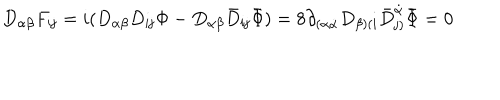
LaTeX: D _ { \alpha \beta } F _ { { \mathbf i } { \mathbf j } } = i ( D _ { \alpha \beta } D _ { { \mathbf i } { \mathbf j } } \Phi - D _ { \alpha \beta } { \bar { D } } _ { { \mathbf i } { \mathbf j } } { \bar { \Phi } } ) = 8 \partial _ { ( \alpha \dot { \alpha } } D _ { \beta ) ( { \mathbf i } } { \bar { D } } _ { { \mathbf j } ) } ^ { \dot { \alpha } } { \bar { \Phi } } = 0